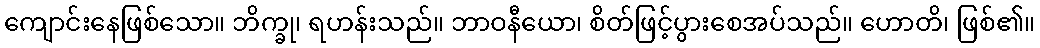
ကျောင်းနေဖြစ်သော။ ဘိက္ခု၊ ရဟန်းသည်။ ဘာဝနီယော၊ စိတ်ဖြင့်ပွားစေအပ်သည်။ ဟောတိ၊ ဖြစ်၏။